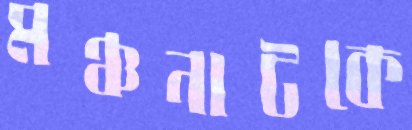
মঞ্চনাটকে